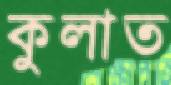
কুলাত